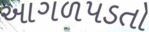
આગળપડતો